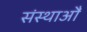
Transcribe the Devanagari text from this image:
संस्थाऔं